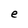
Character: e